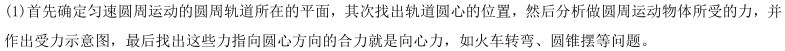
(1)首先确定匀速圆周运动的圆周轨道所在的平面，其次找出轨道圆心的位置，然后分析做圆周运动物体所受的力，并作出受力示意图，最后找出这些力指向圆心方向的合力就是向心力，如火车转弯、圆锥摆等问题。